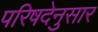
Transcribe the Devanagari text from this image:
परिषदेनुसार